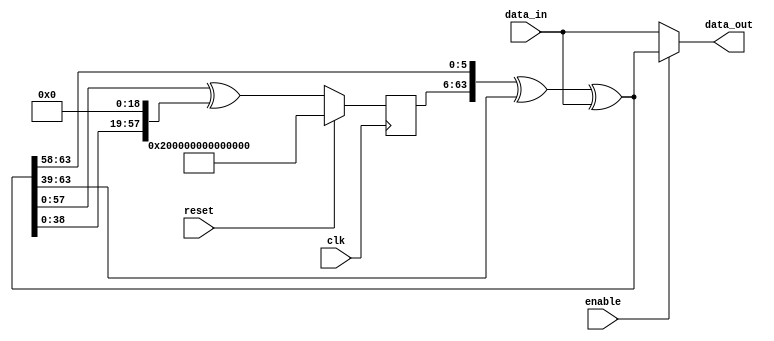
// ***************************************************************************
// ***************************************************************************
// Copyright (C) 2017, 2018, 2020, 2022 Analog Devices, Inc. All rights reserved.
// SPDX short identifier: ADIJESD204
// ***************************************************************************
// ***************************************************************************

`timescale 1ns/100ps

module jesd204_scrambler_64b #(
  parameter WIDTH = 64,
  parameter DESCRAMBLE = 0
) (
  input clk,
  input reset,

  input enable,

  input [WIDTH-1:0] data_in,
  output reg [WIDTH-1:0] data_out
);

  reg [57:0] state = {1'b1,57'b0};
  wire [WIDTH-1:0] feedback;
  wire [WIDTH-1+58:0] full_state;

  assign full_state = {state,DESCRAMBLE ? data_in : feedback};
  assign feedback = full_state[WIDTH-1+58:58] ^ full_state[WIDTH-1:39] ^ data_in;

  always @(*) begin
    if (enable == 1'b0) begin
      data_out = data_in;
    end else begin
      data_out = feedback;
    end
  end

  always @(posedge clk) begin
    if (reset == 1'b1) begin
      state <= {1'b1,57'b0};
    end else begin
      state <= full_state[57:0] ^ {full_state[38:0],19'b0};
    end
  end

endmodule